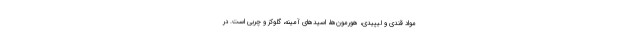
مواد قندی و لیپیدی، هورمون‌ها، اسیدهای آمینه، گلوکز و چربی است. در